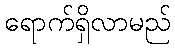
ရောက်ရှိလာမည်